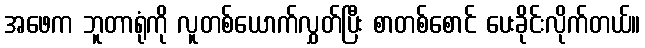
အဖေက ဘူတာရုံကို လူတစ်ယောက်လွှတ်ပြီး စာတစ်စောင် ပေးခိုင်းလိုက်တယ်။